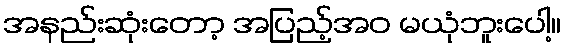
အနည်းဆုံးတော့ အပြည့်အဝ မယုံဘူးပေါ့။